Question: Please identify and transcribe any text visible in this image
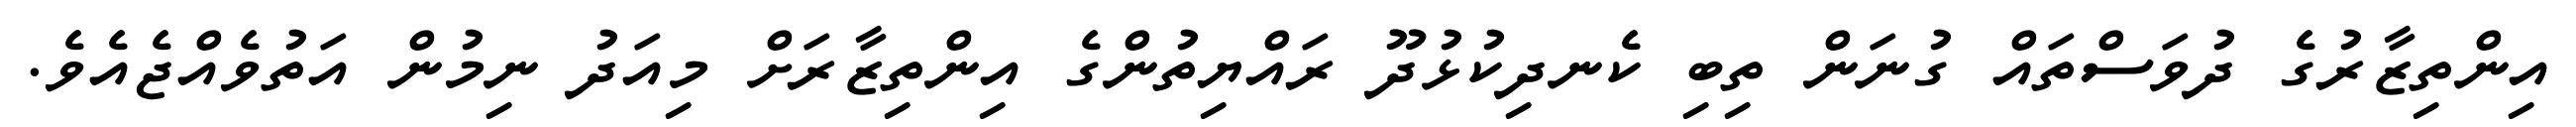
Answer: އިންތިޒާރުގެ ދުވަސްތައް ގުނަން ތިބި ކެނދިކުޅުދޫ ރައްޔިތުންގެ އިންތިޒާރަށް މިއަދު ނިމުން އަތުވެއްޖެއެވެ.